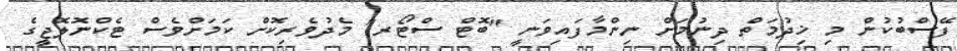
ފޭސްބުކުން މި ޚިދުމަތް ދިނުމަށް ނިންމާފައިވަނީ "ބޮޓް ސްޓޯރ" މެދުވެރިކޮށް ކަމަށްވެސް ޓެކްނޮލޮޖީގެ